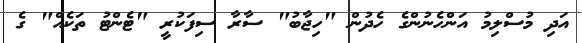
އަދި މުސްލިމު އަންހެނުންގެ ހެދުން "ހިޖާބު" ސާރާ ސިފަކުރީ "ޓެންޓު ތަކެއް" ގެ